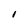
Character: l